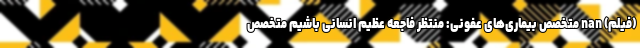
(فیلم) nan متخصص بیماری‌های عفونی: منتظر فاجعه عظیم انسانی باشیم متخصص